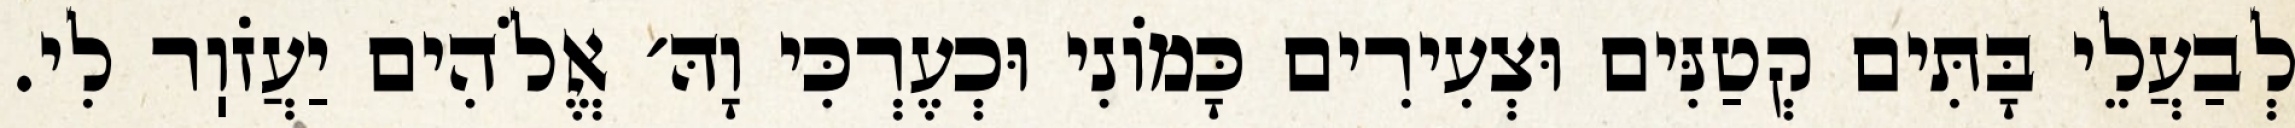
לְבַעֲלֵי בָּתִּים קְטַנִּים וּצְעִירִים כָּמוֹנִי וּכְעֶרְכִּי וָהּ׳ אֱלֹהִים יַעֲזֹוֽר לִי.